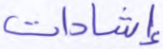
إشادات